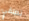
تطلقي